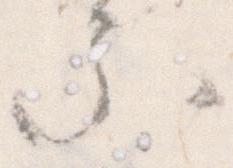
る